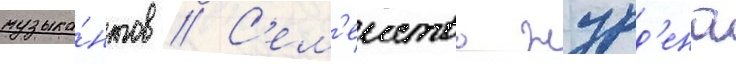
музыка́нтов // С'ем'еиство журд'ена